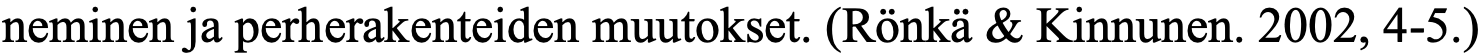
neminen ja perherakenteiden muutokset. (Rönkä & Kinnunen. 2002, 4-5.)